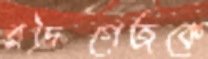
রদ্রিগেজকে